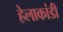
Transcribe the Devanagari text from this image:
हेलाकांडी